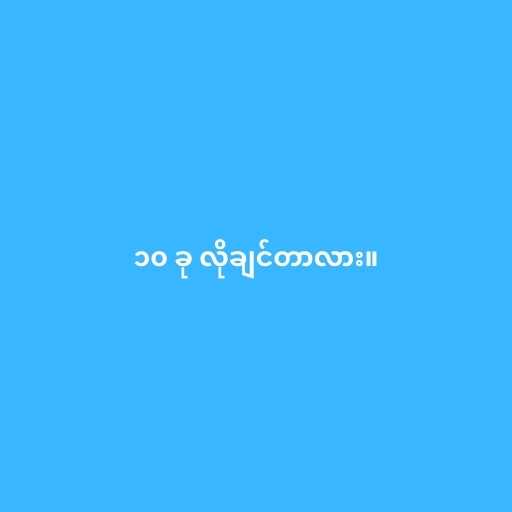
၁၀ ခု လိုချင်တာလား။